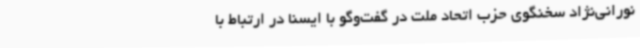
نورانی‌نژاد سخنگوی حزب اتحاد ملت در گفت‌وگو با ایسنا در ارتباط با